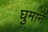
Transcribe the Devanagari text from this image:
घुमानें